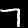
Label: 7